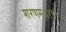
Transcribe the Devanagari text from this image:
शरणम्॥११॥